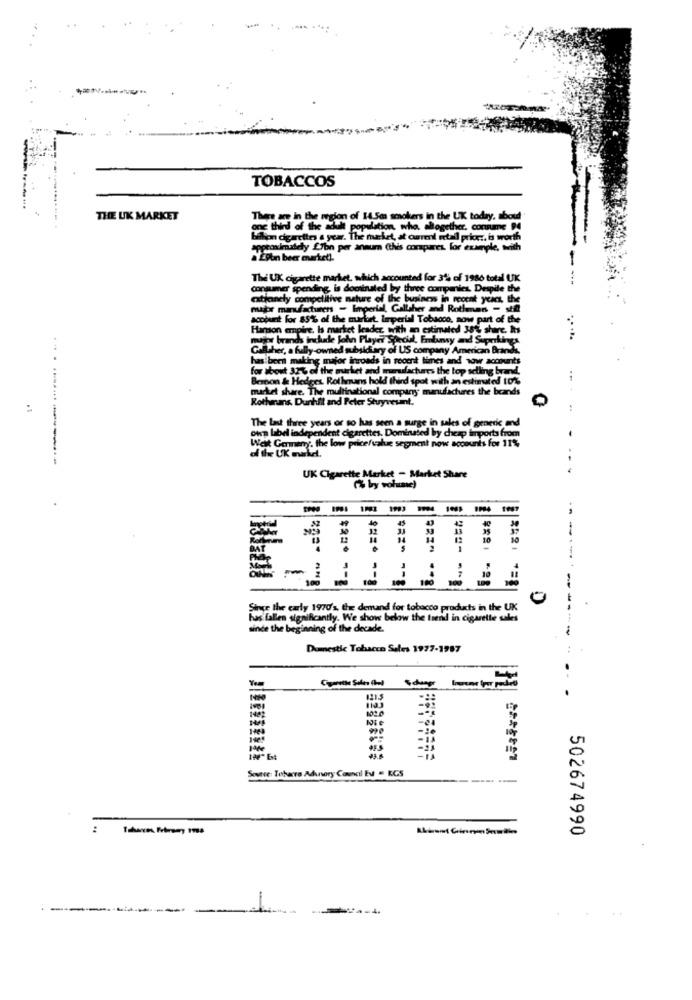
TOBACCOS
THE UK MARKET
There are in the region of 14 Sm smokers in the UK today, about"
one third of the adu
pulation, who, altogether. connane P4
billion cigarettes a year. The maket, at ourml etall price :, is worth
udely Lyon per annum (this corspares. for example, wwith
Epbn beer enarket !.
The UK cigarette market, which accounted for 31% of 1986 total UK
consumer spending, is dominated by three companies. Despite the
cxtjanely competitive nature of the business in recent years, the
major manufacturers - Imperial, Gallagher and Rothman - sta
scopeint For 85% of the market limperial Tobacco, now part of the
Harson enpire, Is market leader, with an estimated 38% share. hs
mujer brands inchadde John Player Special, Friday and Superkings
...
Gallher, a fully-owned subsidiary of US company American Brands.
has been making major inroads in recent times and wow accounts
for about 32% of the market and manufactures the top selling brand.
Berton & Hedges, Rothmans hold third spot with an estimated 10%
market share. The multinational company; manufactures the brands
Rothmans, Dunhill and Peter Stuyvesant.
------- -
The Last three years or so has seen a surge in sales of generic and
Lbel independent cigarettes. Dominated by cheap tmnports from
West Germany, the low price/value segment now accounts for 11%%
UK Cigarette Market - Market Share
(% by volume)
35
--
10
BAT
100
0
Since the early 1970's, the demand for tobacco products in the UK
has fallen significantly. We show below the trend in cigarette sales
sinde the beginning of the decade.
Domestic Tobacco Seles 1977-1987
121.3
102.0
-24
190-634
Sevnse: Tobarra Adunery Council EV = RCS
----
:
502674990
-